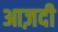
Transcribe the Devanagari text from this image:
आज़दी